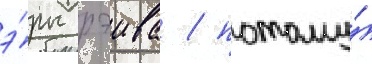
э́ры рэива / потому́